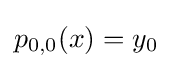
p_{0,0}(x)=y_{0}